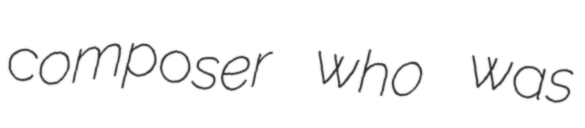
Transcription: composer who was